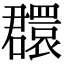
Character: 𦌺